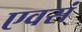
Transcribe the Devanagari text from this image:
एवसं